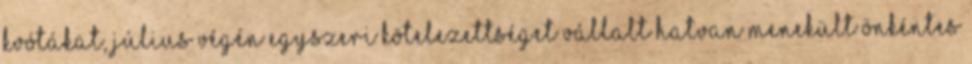
kvótákat, július végén egyszeri kötelezettséget vállalt hatvan menekült önkéntes